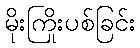
မိုးကြိုးပစ်ခြင်း